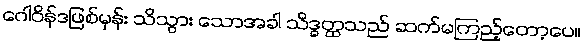
ဂေါဝိန်ဒဖြစ်မှန်း သိသွား သောအခါ သိဒ္ဓတ္ထသည် ဆက်မကြည့်တော့ပေ။